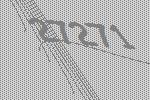
27271